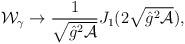
LaTeX: \begin{align*}{\cal W}_{\gamma} \to \frac{1}{\sqrt{\hat g^2 {\cal A}}}J_1(2\sqrt{\hat g^2 {\cal A}}),\end{align*}